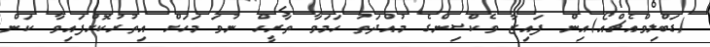
(ޑަބްލިވްއެޗްއޯ)އިން ފައިޒާ ވެކްސިންގެ މުއްދަތު ހަަމަވާ ތާރީހް ނުވަ މަހަަށް އިތުރުކޮށްފައިވާ ކަން